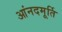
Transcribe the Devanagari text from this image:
आंनदमूर्ति